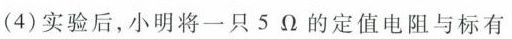
(4)实验后，小明将一只5Ω的定值电阻与标有